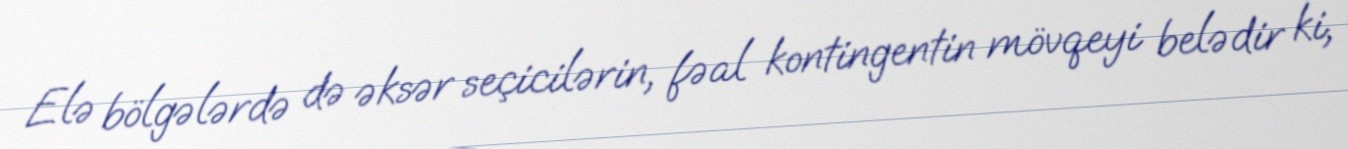
Elə bölgələrdə də əksər seçicilərin, fəal kontingentin mövqeyi belədir ki,